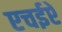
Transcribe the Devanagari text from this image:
एचईऐ